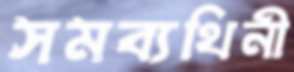
সমব্যথিনী